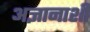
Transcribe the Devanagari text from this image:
अज्ञानाशी